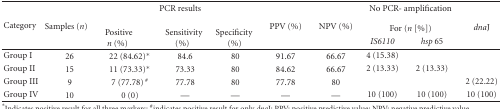
| <ROWSPAN=3> Category | <ROWSPAN=3> Samples (n) | <COLSPAN=3> PCR results |  |  | <COLSPAN=2> No PCR- amplification | <ROWSPAN=3> dnaJ |
 | <ROWSPAN=2> Positive n (%) | <ROWSPAN=2> Sensitivity(%) | <ROWSPAN=2> Specificity(%) | PPV (%) | NPV (%) | <COLSPAN=2> For (n [%]) |
 |  |  | IS6110 | hsp 65 |
 | --- | --- | --- | --- | --- | --- | --- | --- | --- | --- |
 | Group I | 26 | 22 (84.62)* | 84.6 | 80 | 91.67 | 66.67 | 4 (15.38) |  |  |
 | Group II | 15 | 11 (73.33)* | 73.33 | 80 | 84.62 | 66.67 | 2 (13.33) | 2 (13.33) |  |
 | Group III | 9 | 7 (77.78) # | 77.78 | 80 | 77.78 | 80 |  |  | 2 (22.22) |
 | Group IV | 10 | 0 (0) | — | — | — | — | 10 (100) | 10 (100) | 10 (100) |